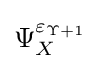
\Psi _{X}^{\varepsilon _{\Upsilon +1}}